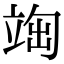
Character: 𥪃